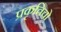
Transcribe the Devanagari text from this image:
प्रकृतिचो